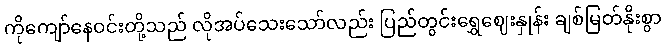
ကိုကျော်နေဝင်းတို့သည် လိုအပ်သေးသော်လည်း ပြည်တွင်းရွှေဈေးနှုန်း ချစ်မြတ်နိုးစွာ